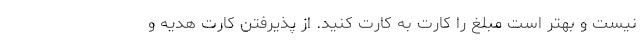
نیست و بهتر است مبلغ را کارت به کارت کنید. از پذیرفتن کارت هدیه و